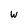
Character: w